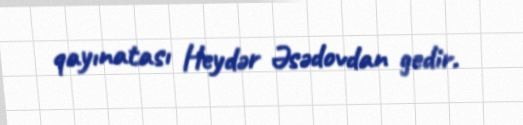
qayınatası Heydər Əsədovdan gedir.